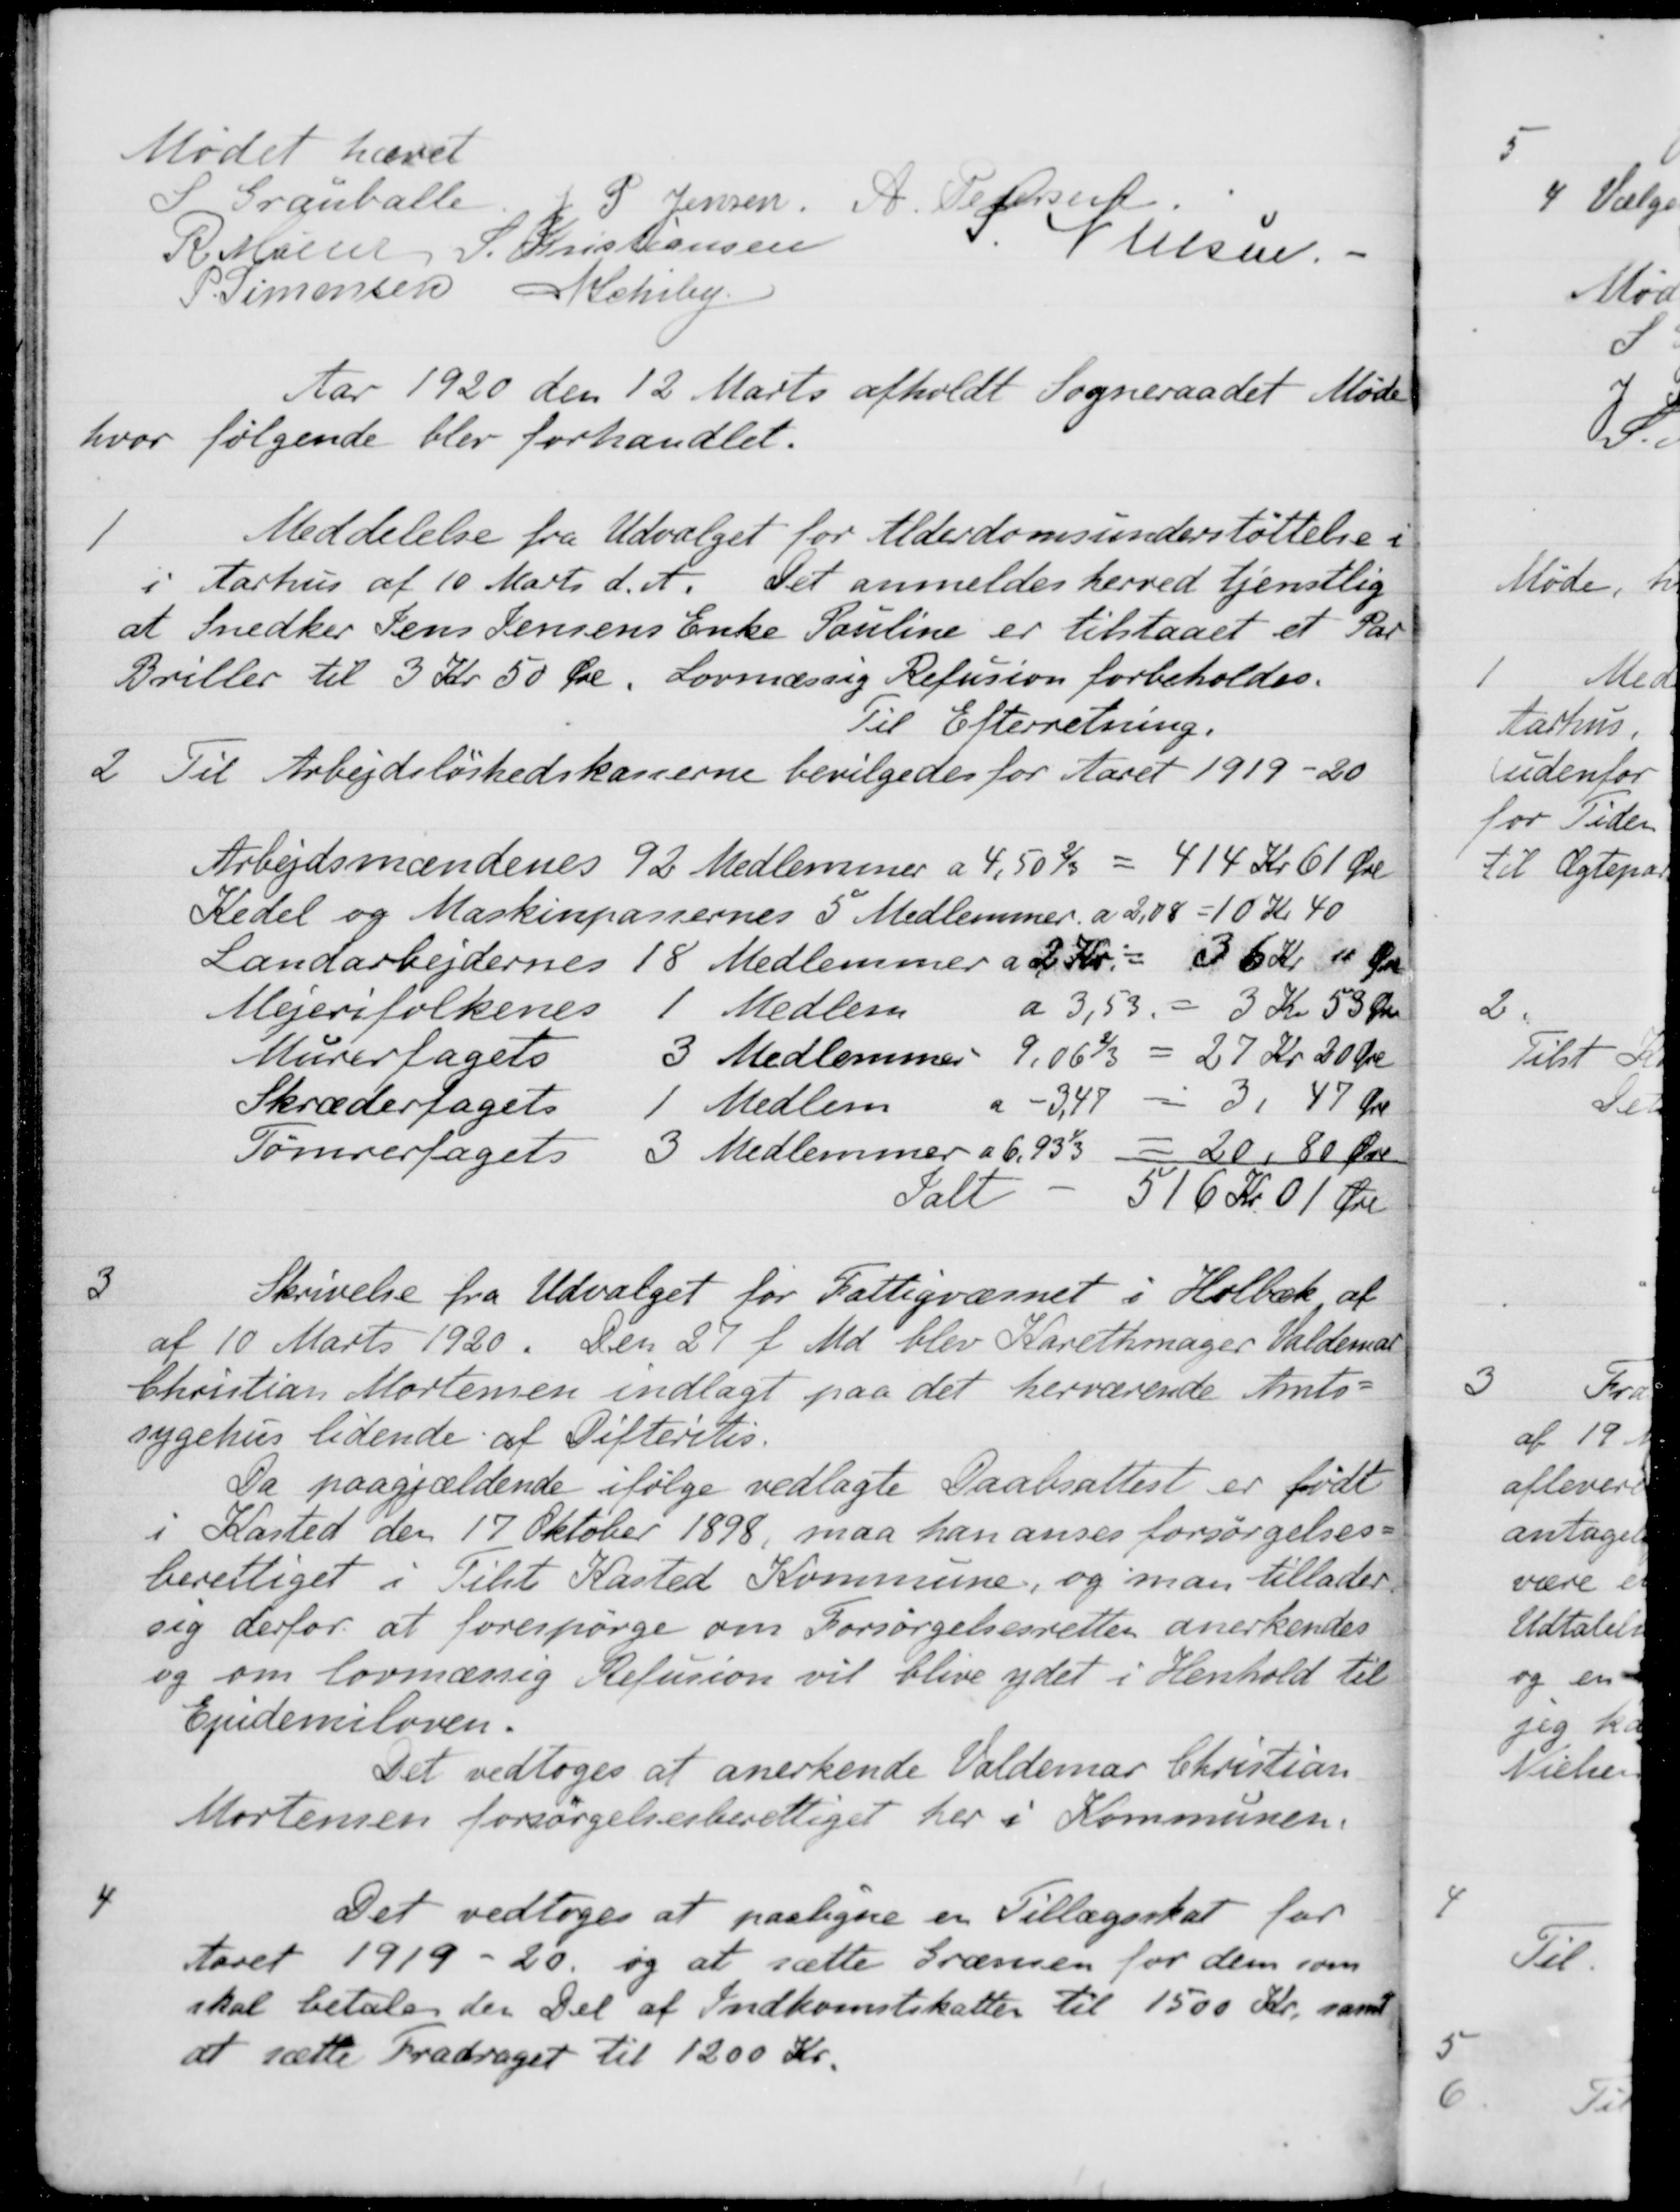
Transskription:
Mødet hævet
S. Grauballe
P Jensen
A. Pedersen
R. Møller
S. Kristiansen
S Nielsen.
P. Simonsen
A. Schiby
Aar 1920 den 12 Marts afholdt Sogneraadet Møde
hvor følgende blev forhandlet.
1
Meddelelse fra Udvalget for Alderdomsunderstøttelse i
1 Aarhus af 10 Marts d. A. Det anmeldes herved tjenstlig
at Snedker Jens Jensens Enke Pauline er tilstaaet et Par
Briller til 3 Kr 50 Øre. Lovmæssig Refusion forbeholdes.
Til Efterretning.
2
Til Arbejdsløshedskasserne bevilgedes for Aaret 1919-20
Arbejdsmændenes 92 Medlemmer a 4,50 2/3 = 414 Kr 61 Øre
Kedel og Maskinpassernes 5 Medlemmer a 2,08 = 10 Kr 40
Landarbejdernes 18 Medlemmer a 2 Kr. = 36 Kr. " Øre
Mejerifolkenes
1 Medlem
a 3,53
3 Kr 53 Øre
Murerfagets
3 Medlemmer
9,06 2/3
27 Kr. 20 Øre
Skræderfagets
1 Medlem
3,47
3 - 47 Øre
Tømrertagets
3 Medlemmer a 6,93 1/3
20 , 80 Øre
Ialt
516 Kr. 01 Øre
3
Skrivelse fra Udvalget for Fattigvæsnet i Holbæk af
af 10 Marts 1920. Den 27 f. Md blev Karethmager Valdemar
Christian Mortensen indlagt paa det herværende Amts-
sygehus lidende af Difteritis.
Da paagjældende ifølge vedlagte Daabsattest er født
i Kasted den 17 Oktober 1898, maa han anses forsørgelses-
berettiget i Tilst Kasted Kommune, og man tillader
sig derfor at forespørge om Forsørgelsesretten anerkendes
og om lovmæssig Refusion vil blive ydet i Henhold til
Epidemiloven.
Det vedtoges at anerkende Valdemar Christian
Mortensen forsørgelsesberettiget her i Kommunen.
4
Det vedtoges at paaligne en Tillægsskat for
Aaret 1919 - 20 og at sætte Grænsen for dem som
skal betale den Del af Indkomstskatter til 1500 Kr. samt
at sætte Fradraget til 1200 Kr.